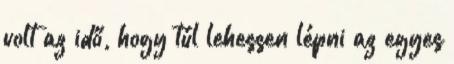
volt az idő, hogy túl lehessen lépni az egyes